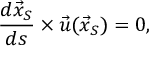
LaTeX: { \frac { d { \vec { x } } _ { S } } { d s } } \times { \vec { u } } ( { \vec { x } } _ { S } ) = 0 ,